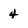
Character: 4